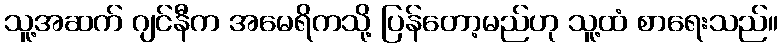
သူ့အဆက် ဂျင်နီက အမေရိကသို့ ပြန်တော့မည်ဟု သူ့ထံ စာရေးသည်။